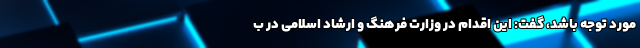
مورد توجه باشد، گفت: این اقدام در وزارت فرهنگ و ارشاد اسلامی در ب